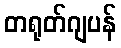
တရုတ်ဂျပန်